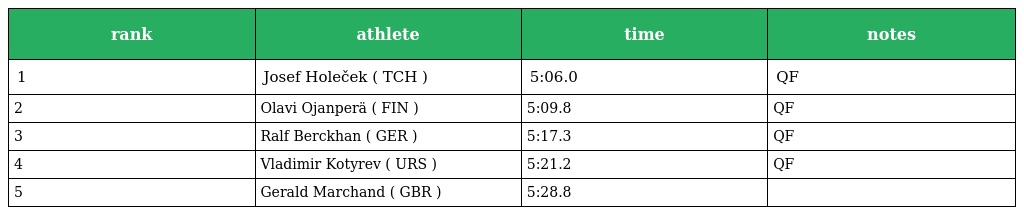
| rank | athlete | time | notes |
 | --- | --- | --- | --- |
 | 1 | Josef Holeček ( TCH ) | 5:06.0 | QF |
 | 2 | Olavi Ojanperä ( FIN ) | 5:09.8 | QF |
 | 3 | Ralf Berckhan ( GER ) | 5:17.3 | QF |
 | 4 | Vladimir Kotyrev ( URS ) | 5:21.2 | QF |
 | 5 | Gerald Marchand ( GBR ) | 5:28.8 |  |